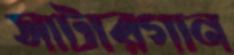
সাটারগান